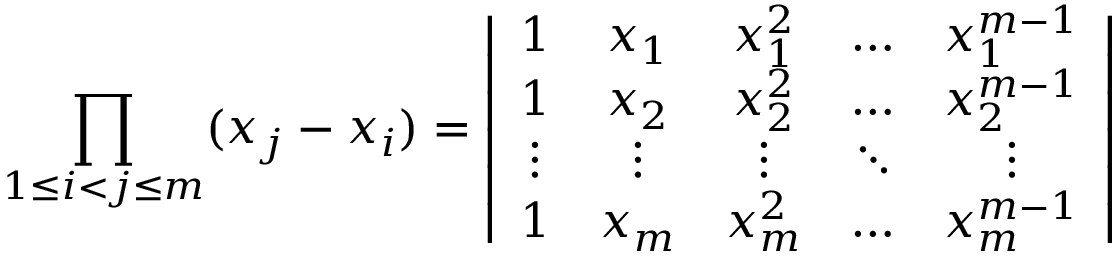
\prod _ { 1 \le i < j \le m } ( x _ { j } - x _ { i } ) = \left| \begin{array} { c c c c c } { { 1 } } & { { x _ { 1 } } } & { { x _ { 1 } ^ { 2 } } } & { { \dots } } & { { x _ { 1 } ^ { m - 1 } } } \\ { { 1 } } & { { x _ { 2 } } } & { { x _ { 2 } ^ { 2 } } } & { { \dots } } & { { x _ { 2 } ^ { m - 1 } } } \\ { { \vdots } } & { { \vdots } } & { { \vdots } } & { { \ddots } } & { { \vdots } } \\ { { 1 } } & { { x _ { m } } } & { { x _ { m } ^ { 2 } } } & { { \dots } } & { { x _ { m } ^ { m - 1 } } } \end{array} \right|